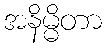
အနိမ္မိတာ